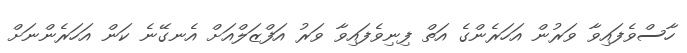
ހާސްވެފައިވާ ވަރުން އަހަރެންގެ އަތް ފިނިވެފައިވާ ވަރު އަފްޒަލްއަށް އެނގޭނެ ކަން އަހަރެންނަށް